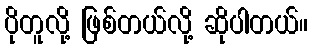
ပိုတူလို့ ဖြစ်တယ်လို့ ဆိုပါတယ်။